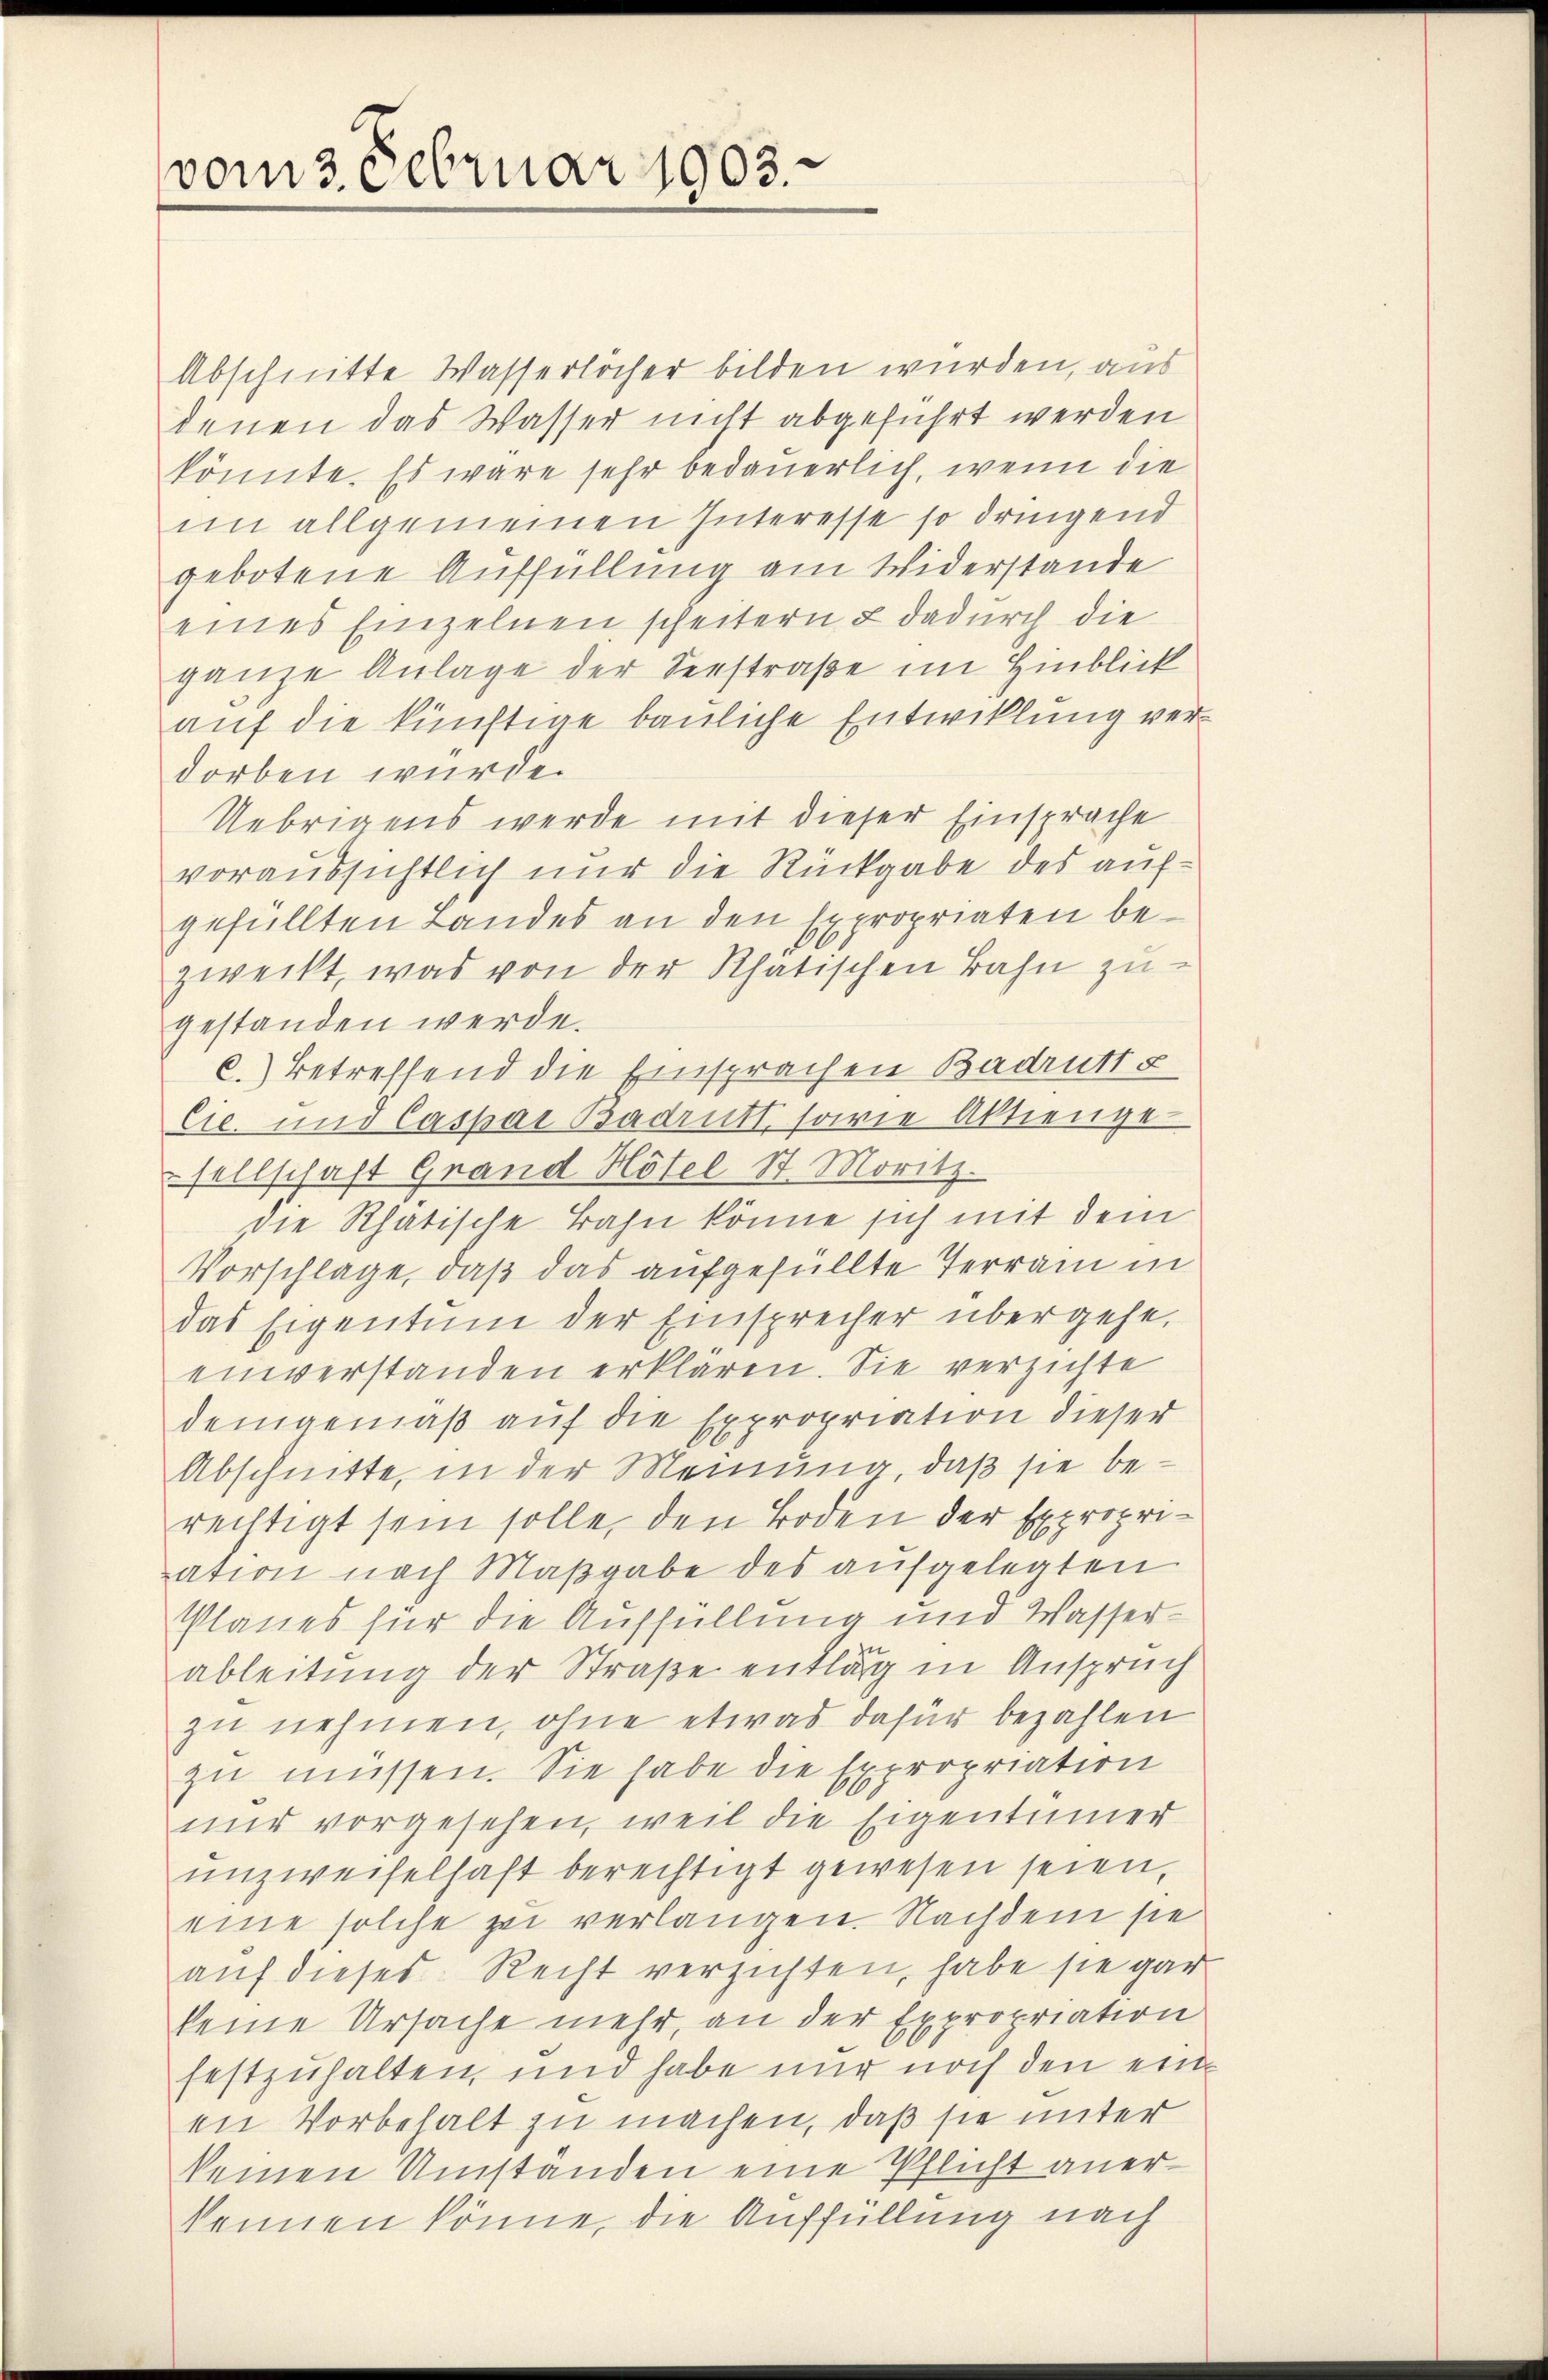
vom 3. Februar 1903.

Abschnitte Wasserlöcher bilden würden, aus
denen das Wasser nicht abgeführt werden
könnte. Es wäre sehr bedauerlich, wenn die
im allgemeinen Interesse so dringend
gebotene Auffüllung am Widerstande
eines Einzelnen scheitern & dadurch die
ganze Anlage der Seestraße im Hinblick
auf die künftige bauliche Entwicklung verdorben wurde.
Uebrigens werde mit dieser Einsprache
voraussichtlich nur die Rückgabe des aufgefüllten Landes an den Expropriaten bezweckt, was von der Rhatischen Bahn zugestanden werde.
c.) Betreffend die Einsprachen Badrutte
Cic. und Caspar Badrutt, sowie Aktiengesellschaft Grand Höfel St. Moritz.
Die Rhatische Bahn könne sich mit dem
Vorschlage, daß das aufgefüllte Terrain in
das Eigentum der Einsprecher übergehe,
einverstanden erklären. Sie verzichte
demgemäß auf die Expropriation dieser
Abschnitte, in der Meinung, daß sie berechtigt sein solle, den Boden der Expropriation nach Maßgabe des aufgelegten
Planes für die Auffüllung und Wasser-
ableitung der Straße entläg in Anspruch
zu nehmen, ohne etwas dafür bezahlen
zu müssen. Sie habe die Expropriation
nur vorgesehen, weil die Eigentümer
unzweifelhaft berechtigt gewesen seien,
eine solche zei verlangen. Nachdem sie
auf dieses Recht verzichten, habe sie gar
keine Ursache mehr, an der Expropriation
festzuhalten, und habe nur noch den einen Vorbehalt zu machen, daß sie unter
keinen Umständen eine Pflicht aner-
kennen könne, die Auffüllung nach